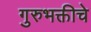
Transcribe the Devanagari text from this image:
गुरुभक्तीचे